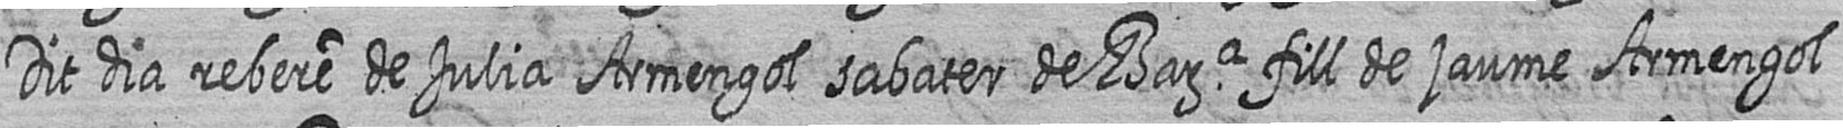
Dit dia rebere de Julia Armengol sabater de Bara fill de jaume Armengol